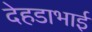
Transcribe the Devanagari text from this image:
देहडाभाई